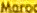
Moroc